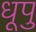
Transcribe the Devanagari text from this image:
धूपु